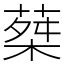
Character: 𦵴